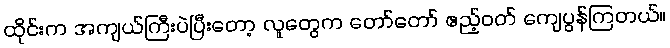
ထိုင်းက အကျယ်ကြီးပဲပြီးတော့ လူတွေက တော်တော် ဧည့်ဝတ် ကျေပွန်ကြတယ်။